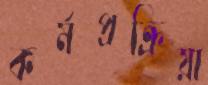
কর্মপ্রক্রিয়া